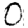
Digit: 0